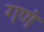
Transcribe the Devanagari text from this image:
गणं